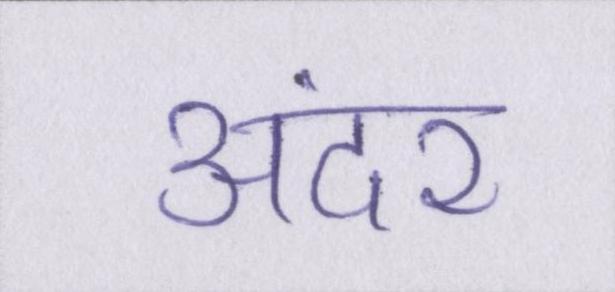
अंदर